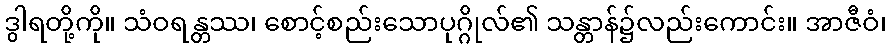
ဒွါရတို့ကို။ သံဝရန္တဿ၊ စောင့်စည်းသောပုဂ္ဂိုလ်၏ သန္တာန်၌လည်းကောင်း။ အာဇီဝံ၊